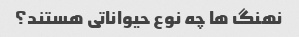
نهنگ ها چه نوع حیواناتی هستند؟